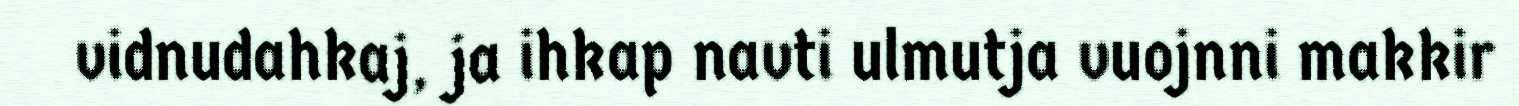
vidnudahkaj, ja ihkap navti ulmutja vuojnni makkir